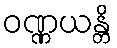
ဝဏ္ဏယန္တိ